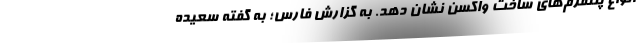
انواع پلتفرم‌های ساخت واکسن نشان دهد. به گزارش فارس؛ به گفته سعیده